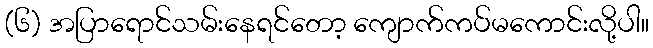
(၆) အပြာရောင်သမ်းနေရင်တော့ ကျောက်ကပ်မကောင်းလို့ပါ။